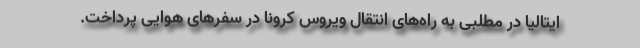
ایتالیا در مطلبی به راه‌های انتقال ویروس کرونا در سفرهای هوایی پرداخت.